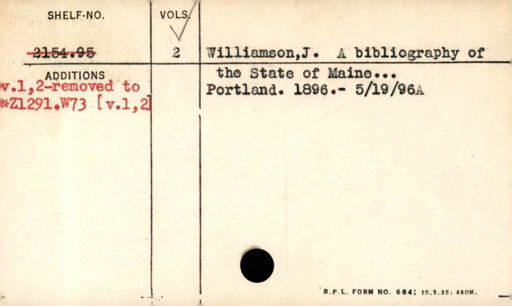
Label: content